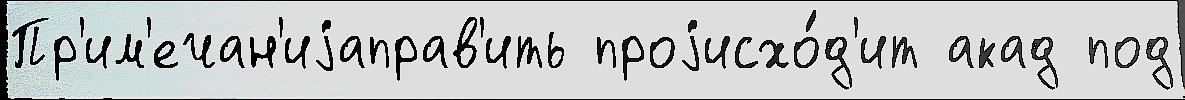
Пр'им'ечан'иjаправ'ить проjисхо́д'ит акад под